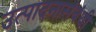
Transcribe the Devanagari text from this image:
उत्पादनासंबंधी